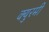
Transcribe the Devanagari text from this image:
क्युरमी